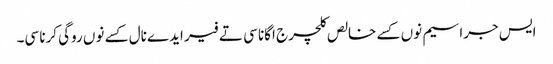
ایس جراسیم نوں کسے خالص کلچر ج اگانا سی تے فیر ایدے نال کسے نوں روگی کرنا سی۔